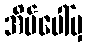
အိမ်ပေါ်မှ